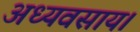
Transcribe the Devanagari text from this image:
अध्यवसाय।